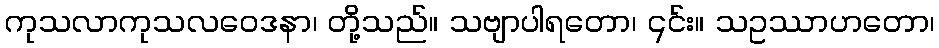
ကုသလာကုသလဝေဒနာ၊ တို့သည်။ သဗျာပါရတော၊ ၎င်း။ သဥဿာဟတော၊